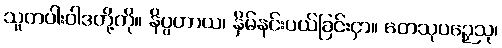
သူတပါးဝါဒတို့ကို။ နိပ္ပဟာယ၊ နှိမ်နင်းပယ်ခြင်းငှာ။ တေသုပဉှေသု၊